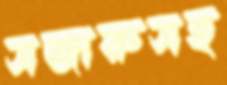
সজারুসহ